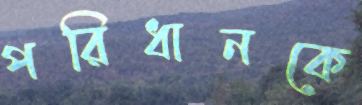
পরিধানকে